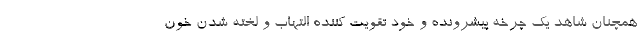
همچنان شاهد یک چرخه پیشرونده و خود تقویت کننده التهاب و لخته شدن خون